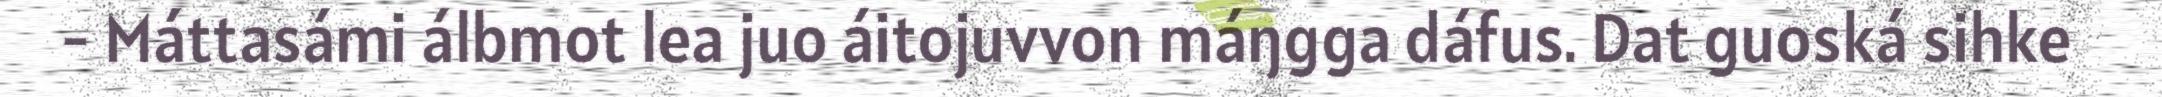
- Máttasámi álbmot lea juo áitojuvvon máŋgga dáfus. Dat guoská sihke